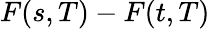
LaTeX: F(s,T)-F(t,T)